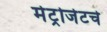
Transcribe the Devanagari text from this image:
मेट्रोजेटचे